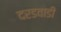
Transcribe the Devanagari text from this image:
दरडवाडी